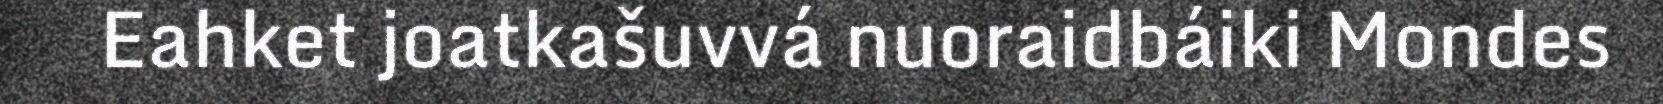
Eahket joatkašuvvá nuoraidbáiki Mondes